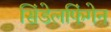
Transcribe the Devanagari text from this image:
सिंडेलफिंगेन